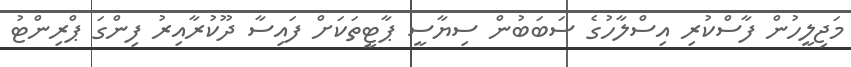
މަޖިލީހުން ފާސްކުރި އިސްލާހުގެ ސަބަބުން ސިޔާސީ ޕާޓީތަކަށް ފައިސާ ދޫކުރާއިރު ފިންގަ ޕްރިންޓު